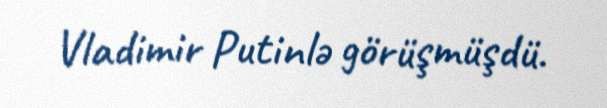
Vladimir Putinlə görüşmüşdü.